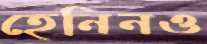
হেনিনও